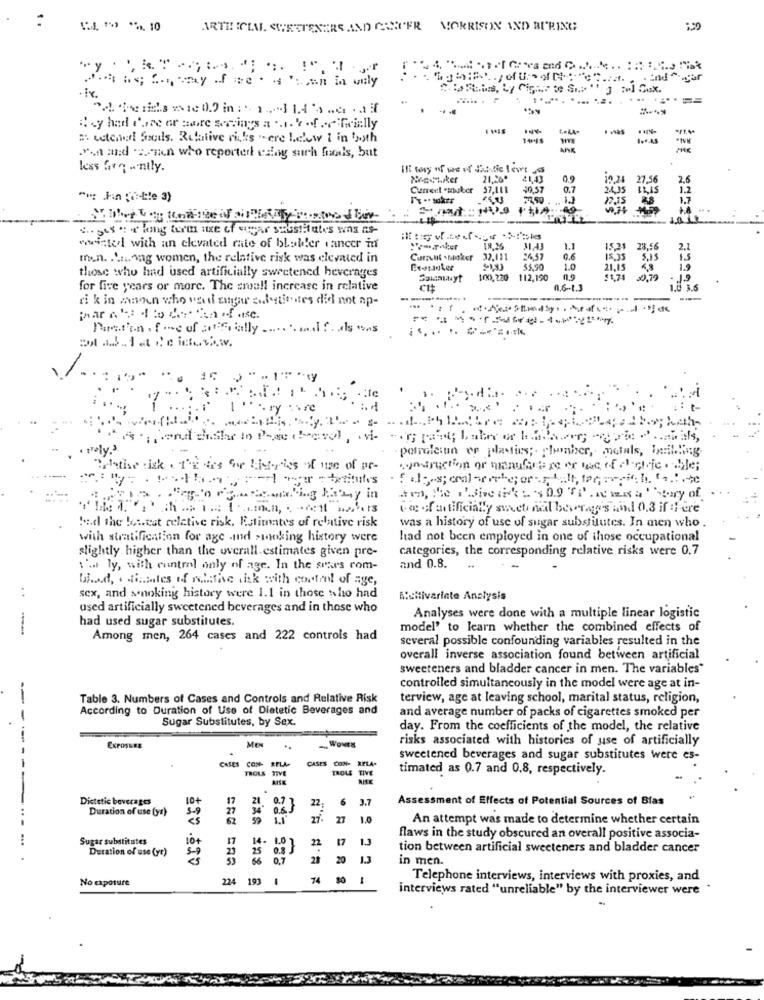
- - --. 10
ARTH! ICIME. SWEETENERS AND COMIFR MORRISON AND BURING
" te Si.s "" J owl Gux.
#4y had d'ore or nare servings a .... 4 .f .Reilly
. was
estenell Seuls. Relative risks ere Liclow I in twoth
"sa med .son who reporter ealny surh furals, but
less fre - nily.
21.260
0.9
27.
2.6
Current -souber 57,111
20.57
0.7
1.2
1.7
S. yes : « long turas use of sugar substitutes was as-
wwwistol with an elevated rate of bladder cancer in
18.16
31.43
1.1
1521 23.16
2.1
men. . Laag women, the relative risk was elevated in
Current -Maker 32,111
0.6
5,15
is
those who had used artificially sweetened heverages
$4.99
1.0
21,15
1.9
Somnunyt
10K), 220
112,190
$1.74
0,79
for five years or more. The small increase in relative
0,6-1.3
1.0 3.6
si k in wann who wand zugar sudentistes did not ap-
.. ..... ....... .
Piston . foe of atf ally .... mf dss
: 1
With
petrolesun op plasties ;. plumber, metals, billing.
ing of artificially sweet nal beverages and 0.3 if :Here
!: d the latest relative risk. Estimates of relative risk
was a history of use of sugar substitutes. In men who
with stratification for age and smoking history were
had not been employed in one of those occupational
slightly higher than the overall estimates given pre-
categories, the corresponding relative risks were 0.7
:'. ly, with control only of age. In the sears com-
and 0.8.
bhad, ofinates if native fisk with control of age,
....
sex, and sonoking history were 1.1 in those who had
Multivariate Analysis
used artificially sweetened beverages and in those who
had used sugar substitutes.
Analyses were done with a multiple linear logistic
model' to learn whether the combined effects of
Among men, 264 cases and 222 controls had
several possible confounding variables resulted in the
overall inverse association found between artificial
sweeteners and bladder cancer in men. The variables"
controlled simultaneously in the model were age at in-
---
Table 3. Numbers of Cases and Controls and Relative Risk
terview, age at leaving school, marital status, religion,
According to Duration of Use of Dietetic Beverages and
and average number of packs of cigarettes smoked per
-
Sugar Substitutes, by Sex.
day. From the coefficients of the model, the relative
Mexx
risks associated with histories of use of artificially
CASES CON- RELA.
sweetened beverages and sugar substitutes were es-
CASES CON- RELA-
TROLS TIVE
TROLE TIVE
timated as 0.7 and 0.8, respectively.
RISK
Dietetic beverages
10+
17
6
3.7
Assessment of Effects of Potential Sources of Blas
Duration of use (yr)
27
0.6.
22
..
59
27
1.0
An attempt was made to determine whether certain
Sugar substitutes
17
14.
22
17
1.3
flaws in the study obscured an overall positive associa-
Duration of use (yr)
23
25
tion between artificial sweeteners and bladder cancer
0,7
28
20
in men.
No exposure
224
193
-
74
30
1
Telephone interviews, interviews with proxies, and
interviews rated "unreliable" by the interviewer were .